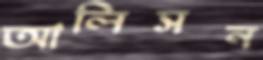
আলিসন